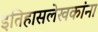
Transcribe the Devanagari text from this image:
इतिहासलेखकांना